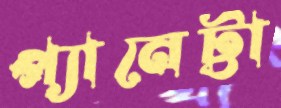
প্যানেট্টা